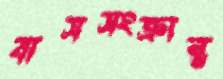
বাসসংক্রান্ত